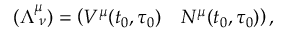
( \Lambda _ { \; \nu } ^ { \mu } ) = \left( V ^ { \mu } ( t _ { 0 } , \tau _ { 0 } ) \quad N ^ { \mu } ( t _ { 0 } , \tau _ { 0 } ) \right) ,